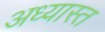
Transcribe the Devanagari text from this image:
अध्यास्त